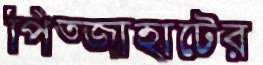
পিত্জাহাটের